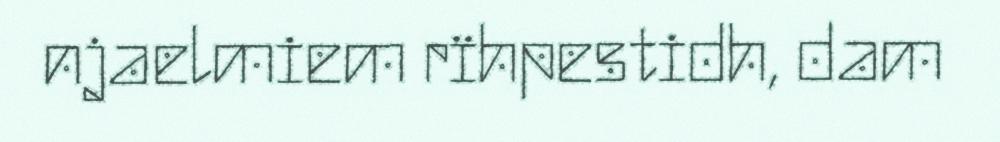
njaelmiem rïhpestidh, dam